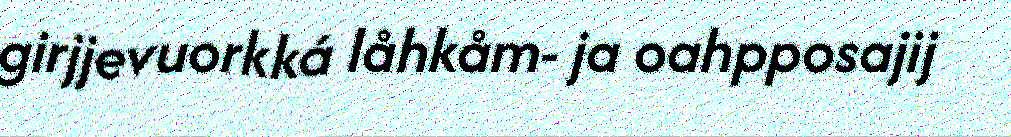
girjjevuorkká låhkåm- ja oahpposajij